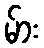
မ်ား